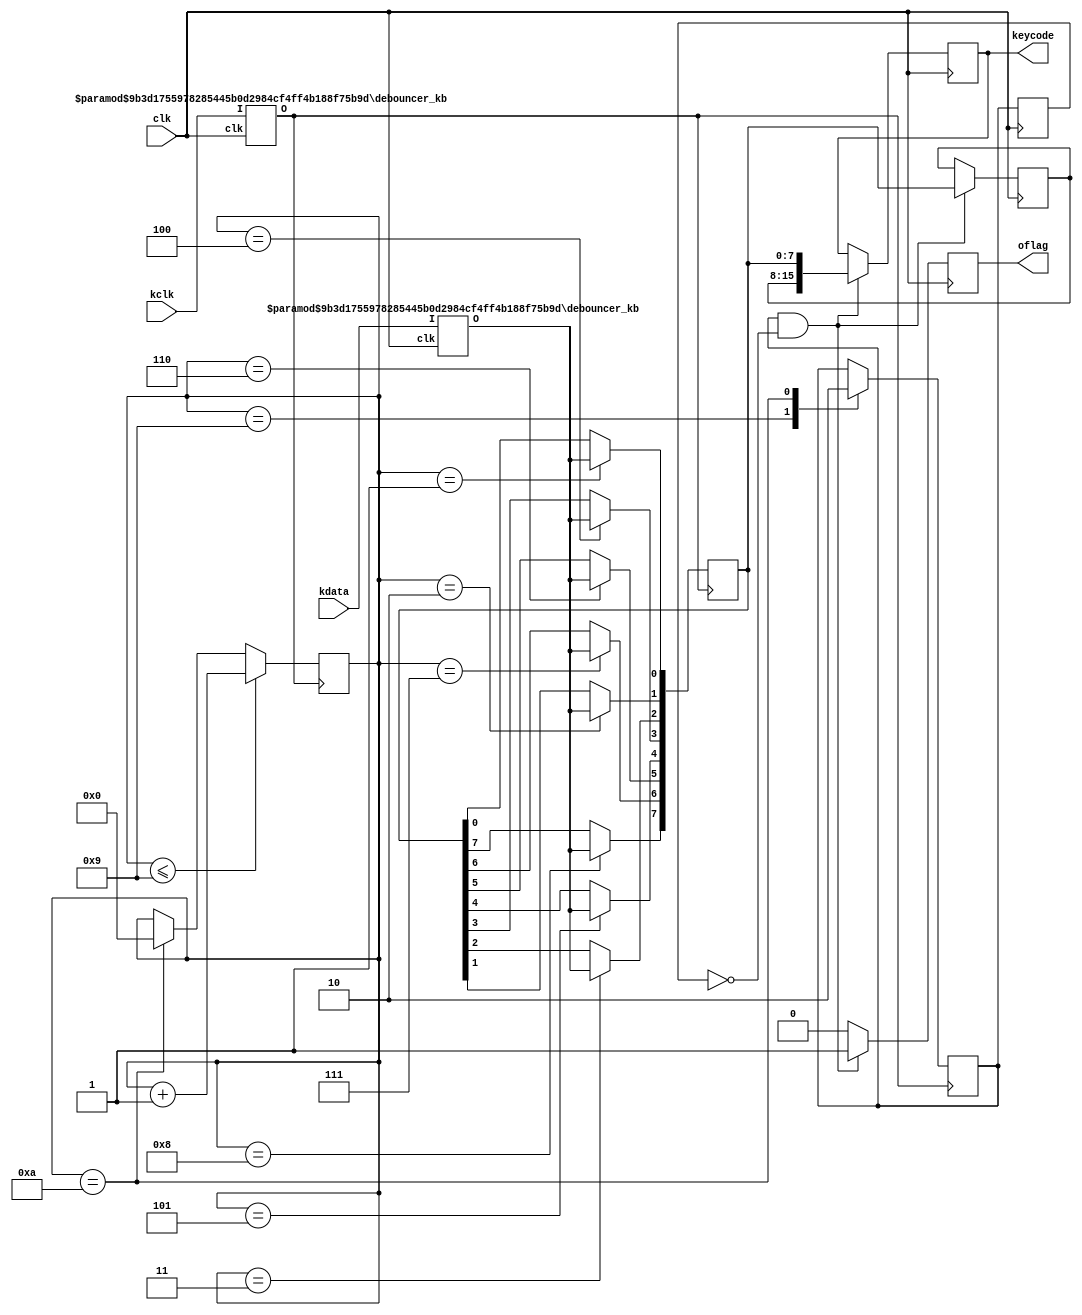
`timescale 1ns / 1ps

module ps2_receiver(
    input wire clk,
    input wire kclk,
    input wire kdata,
    output wire [15:0] keycode,
    output reg oflag
);
    
    wire kclkf, kdataf;
    reg [7:0] datacur = 0;
    reg [7:0] dataprev = 0;
    reg [3:0] cnt = 0;
    reg flag = 0;
    
    reg [15:0] keycode_r;
    assign keycode = keycode_r;
    
    initial keycode_r = 0;
    
    debouncer_kb #(
        .COUNT_MAX(19),
        .COUNT_WIDTH(5)
    ) db_clk(
        .clk(clk),
        .I(kclk),
        .O(kclkf)
    );
    
    debouncer_kb #(
       .COUNT_MAX(19),
       .COUNT_WIDTH(5)
    ) db_data(
        .clk(clk),
        .I(kdata),
        .O(kdataf)
    );
        
    always @(negedge(kclkf)) begin
        case(cnt)
            0: ;
            1: datacur[0] <= kdataf;
            2: datacur[1] <= kdataf;
            3: datacur[2] <= kdataf;
            4: datacur[3] <= kdataf;
            5: datacur[4] <= kdataf;
            6: datacur[5] <= kdataf;
            7: datacur[6] <= kdataf;
            8: datacur[7] <= kdataf;
            9: flag <= 1'b1;
            10: flag <= 1'b0;
        
        endcase
            if (cnt <= 9) cnt <= cnt + 1;
            else if (cnt == 10) cnt <= 0;
    end
    
    reg pflag;
    
    always @(posedge clk) begin
        if (flag == 1'b1 && pflag == 1'b0) begin
            keycode_r <= {dataprev, datacur};
            oflag <= 1'b1;
            dataprev <= datacur;
        end else
            oflag <= 'b0;
        pflag <= flag;
    end

endmodule

module debouncer_kb #(
    parameter COUNT_MAX    = 255,
    parameter COUNT_WIDTH  = 8
) (
    input clk,
    input I,
    output reg O
);
    reg [COUNT_WIDTH - 1:0] count;
    reg Iv = 0;
    always @(posedge clk)
        if (I == Iv) begin
            if (count == COUNT_MAX)
                O <= I;
            else
                count <= count + 1'b1;
        end else begin
            count <= 'b0;
            Iv <= I;
        end

endmodule